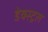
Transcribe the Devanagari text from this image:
डेक्स्ट्रल